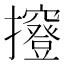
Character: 𢹑